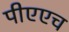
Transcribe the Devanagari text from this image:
पीएएच